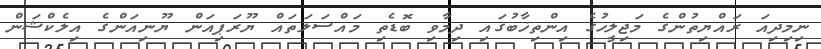
ނިމިދިއަ ރައްޔިތުންގެ މަޖިލީހުގެ އިންތިޚާބުގައި ދިމާވި ބޮޑެތި މައްސަލަތައް ޔޫރަޕިއަން ޔޫނިއަންގެ އިލެކްޝަން